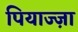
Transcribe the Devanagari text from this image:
पियाज्ज़ा